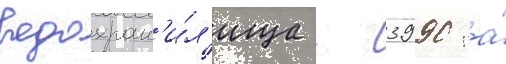
водохран'и́л'ища - 3990 га́